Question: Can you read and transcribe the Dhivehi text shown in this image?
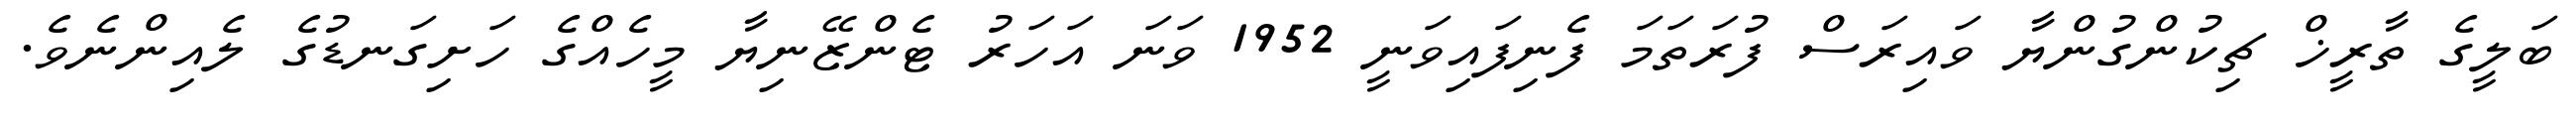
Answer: ބަލީގެ ތާރީޚް ޗިކުންގުންޔާ ވައިރަސް ފުރަތަމަ ފެނިފައިވަނީ 1952 ވަނަ އަހަރު ޓެންޒޭނިޔާ މީހެއްގެ ހަށިގަނޑުގެ ލެއިންނެވެ.